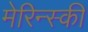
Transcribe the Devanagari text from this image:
मेरिन्स्की